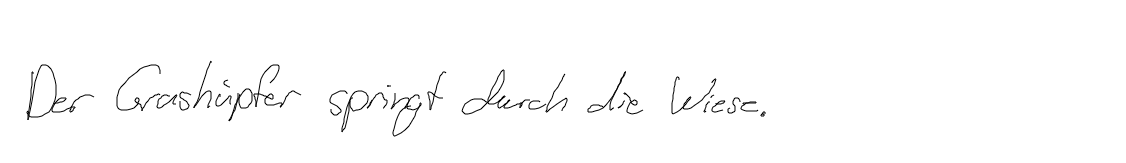
Der Grashüpfer springt durch die Wiese.